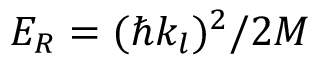
E _ { R } = ( \hbar k _ { l } ) ^ { 2 } / 2 M